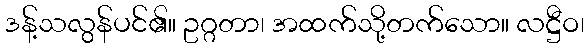
ဒန့်သလွန်ပင်၏။ ဥဂ္ဂတာ၊ အထက်သို့တက်သော။ လဋ္ဌီဝ၊